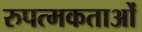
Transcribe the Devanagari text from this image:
रुपत्मकताओं